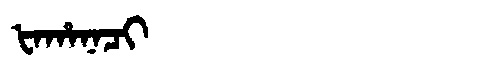
Manchu: ᡶᠠᡥᠠᠨᠠᠴᡳ
Romanization: FAHANACI